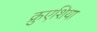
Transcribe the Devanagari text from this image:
क्रुएशिया